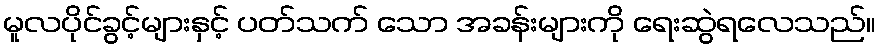
မူလပိုင်ခွင့်များနှင့် ပတ်သက် သော အခန်းများကို ရေးဆွဲရလေသည်။